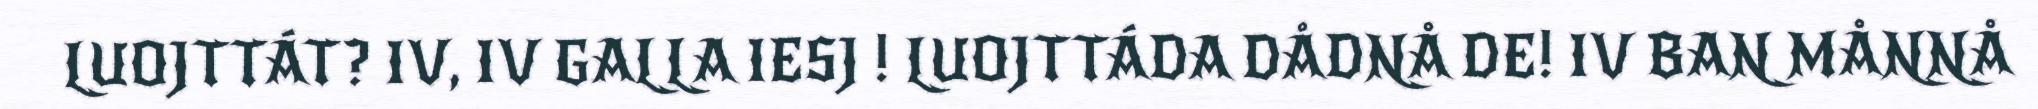
LUOJTTÁT? IV, IV GALLA IESJ ! LUOJTTÁDA DÅDNÅ DE! IV BAN MÅNNÅ